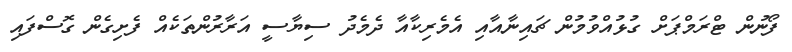
ފޯނުން ޓްރަމްޕަށް ގުޅުއްވުމުން ޗައިނާއާއި އެމެރިކާއާ ދެމެދު ސިޔާސީ އަރާރުންތަކެއް ފެށިގެން ގޮސްފައި